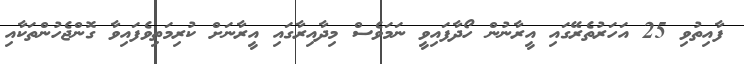
ފާއިތުވި 25 އަހަރުތެރޭގައި އީރާނުން ހޯދާފައިވީ ނަމަވެސް މިދާއިރާގައި އީރާނަށް ކުރިމަތިވެފައިވާ ގޮންޖެހުންތަކާއި